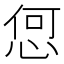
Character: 𢚨